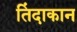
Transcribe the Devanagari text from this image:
तिंदाकान